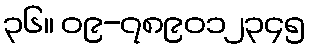
၃၆။ ၀၉-၇၈၉၀၁၂၃၄၅